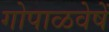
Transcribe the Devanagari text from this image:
गोपाळवेषें